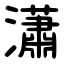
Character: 瀟